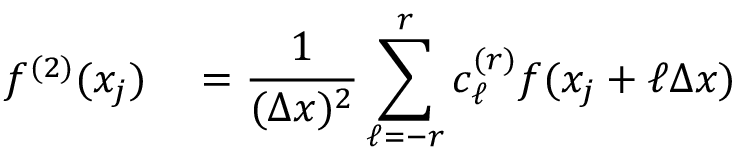
\begin{array} { r l } { f ^ { ( 2 ) } ( x _ { j } ) } & { { } = \displaystyle \frac { 1 } { ( \Delta x ) ^ { 2 } } \sum _ { \ell = - r } ^ { r } c _ { \ell } ^ { ( r ) } f ( x _ { j } + \ell \Delta x ) } \end{array}